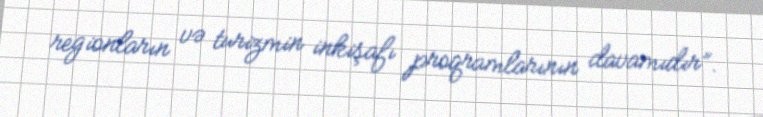
regionların və turizmin inkişafı proqramlarının davamıdır”.